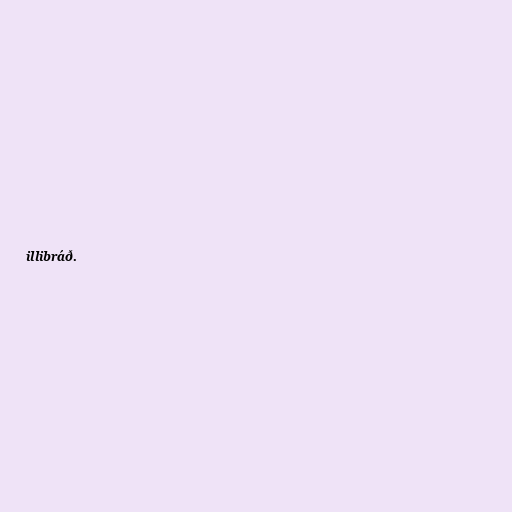
illibráð.